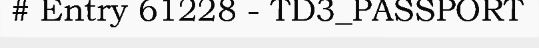
# Entry 61228 - TD3_PASSPORT